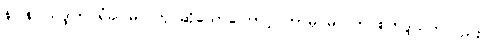
နဝါနဝါသဒ္ဒါက ရံခါ မပြုဟု ဆိုသောကြောင့် ဘာမှ မပြုဘဲ စတုဒ္ဒသဟုလည်း